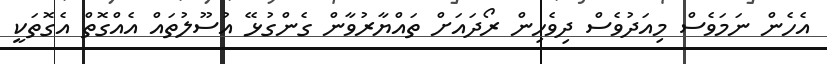
އެހެން ނަމަވެސް މިއަދުވެސް ދިވެހިން ރޯދައަށް ތައްޔާރުވާން ގެންގުޅޭ އުސޫލުތައް އެއްގޮތް އެގޮތަކީ